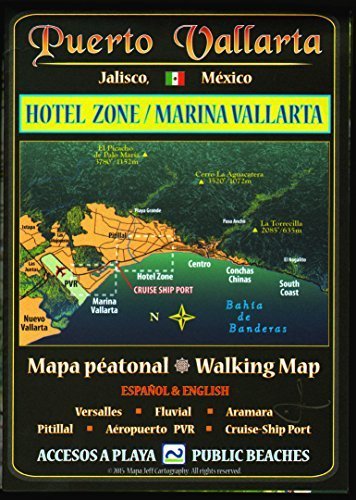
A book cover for Puerto Vallarta Walking Map: Hotel Zone & Marina Vallarta; Travel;